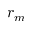
r _ { m }